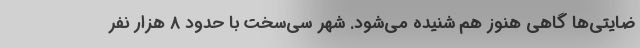
ضايتي‌‌ها گاهي هنوز هم شنيده مي‌شود. شهر سي‌سخت با حدود 8 هزار نفر